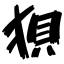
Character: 狽